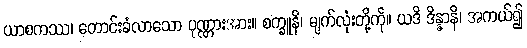
ယာစကဿ၊ တောင်းခံလာသော ပုဏ္ဏားအား။ စက္ခူနိ၊ မျက်လုံးတို့ကို။ ယဒိ ဒိန္နာနိ၊ အကယ်၍